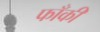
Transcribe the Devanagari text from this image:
फाँकी